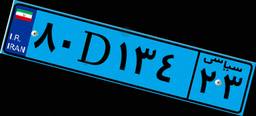
۶۶D۳۹۳۰۲